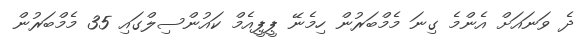
ދެ ވަނައަށް އެންމެ ގިނަ މެމްބަރުން ހިމެނޭ ޕީޕީއެމް ކައުންސިލްގައި 35 މެމްބަރުން